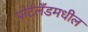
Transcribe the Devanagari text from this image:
पोर्टलँडमधील